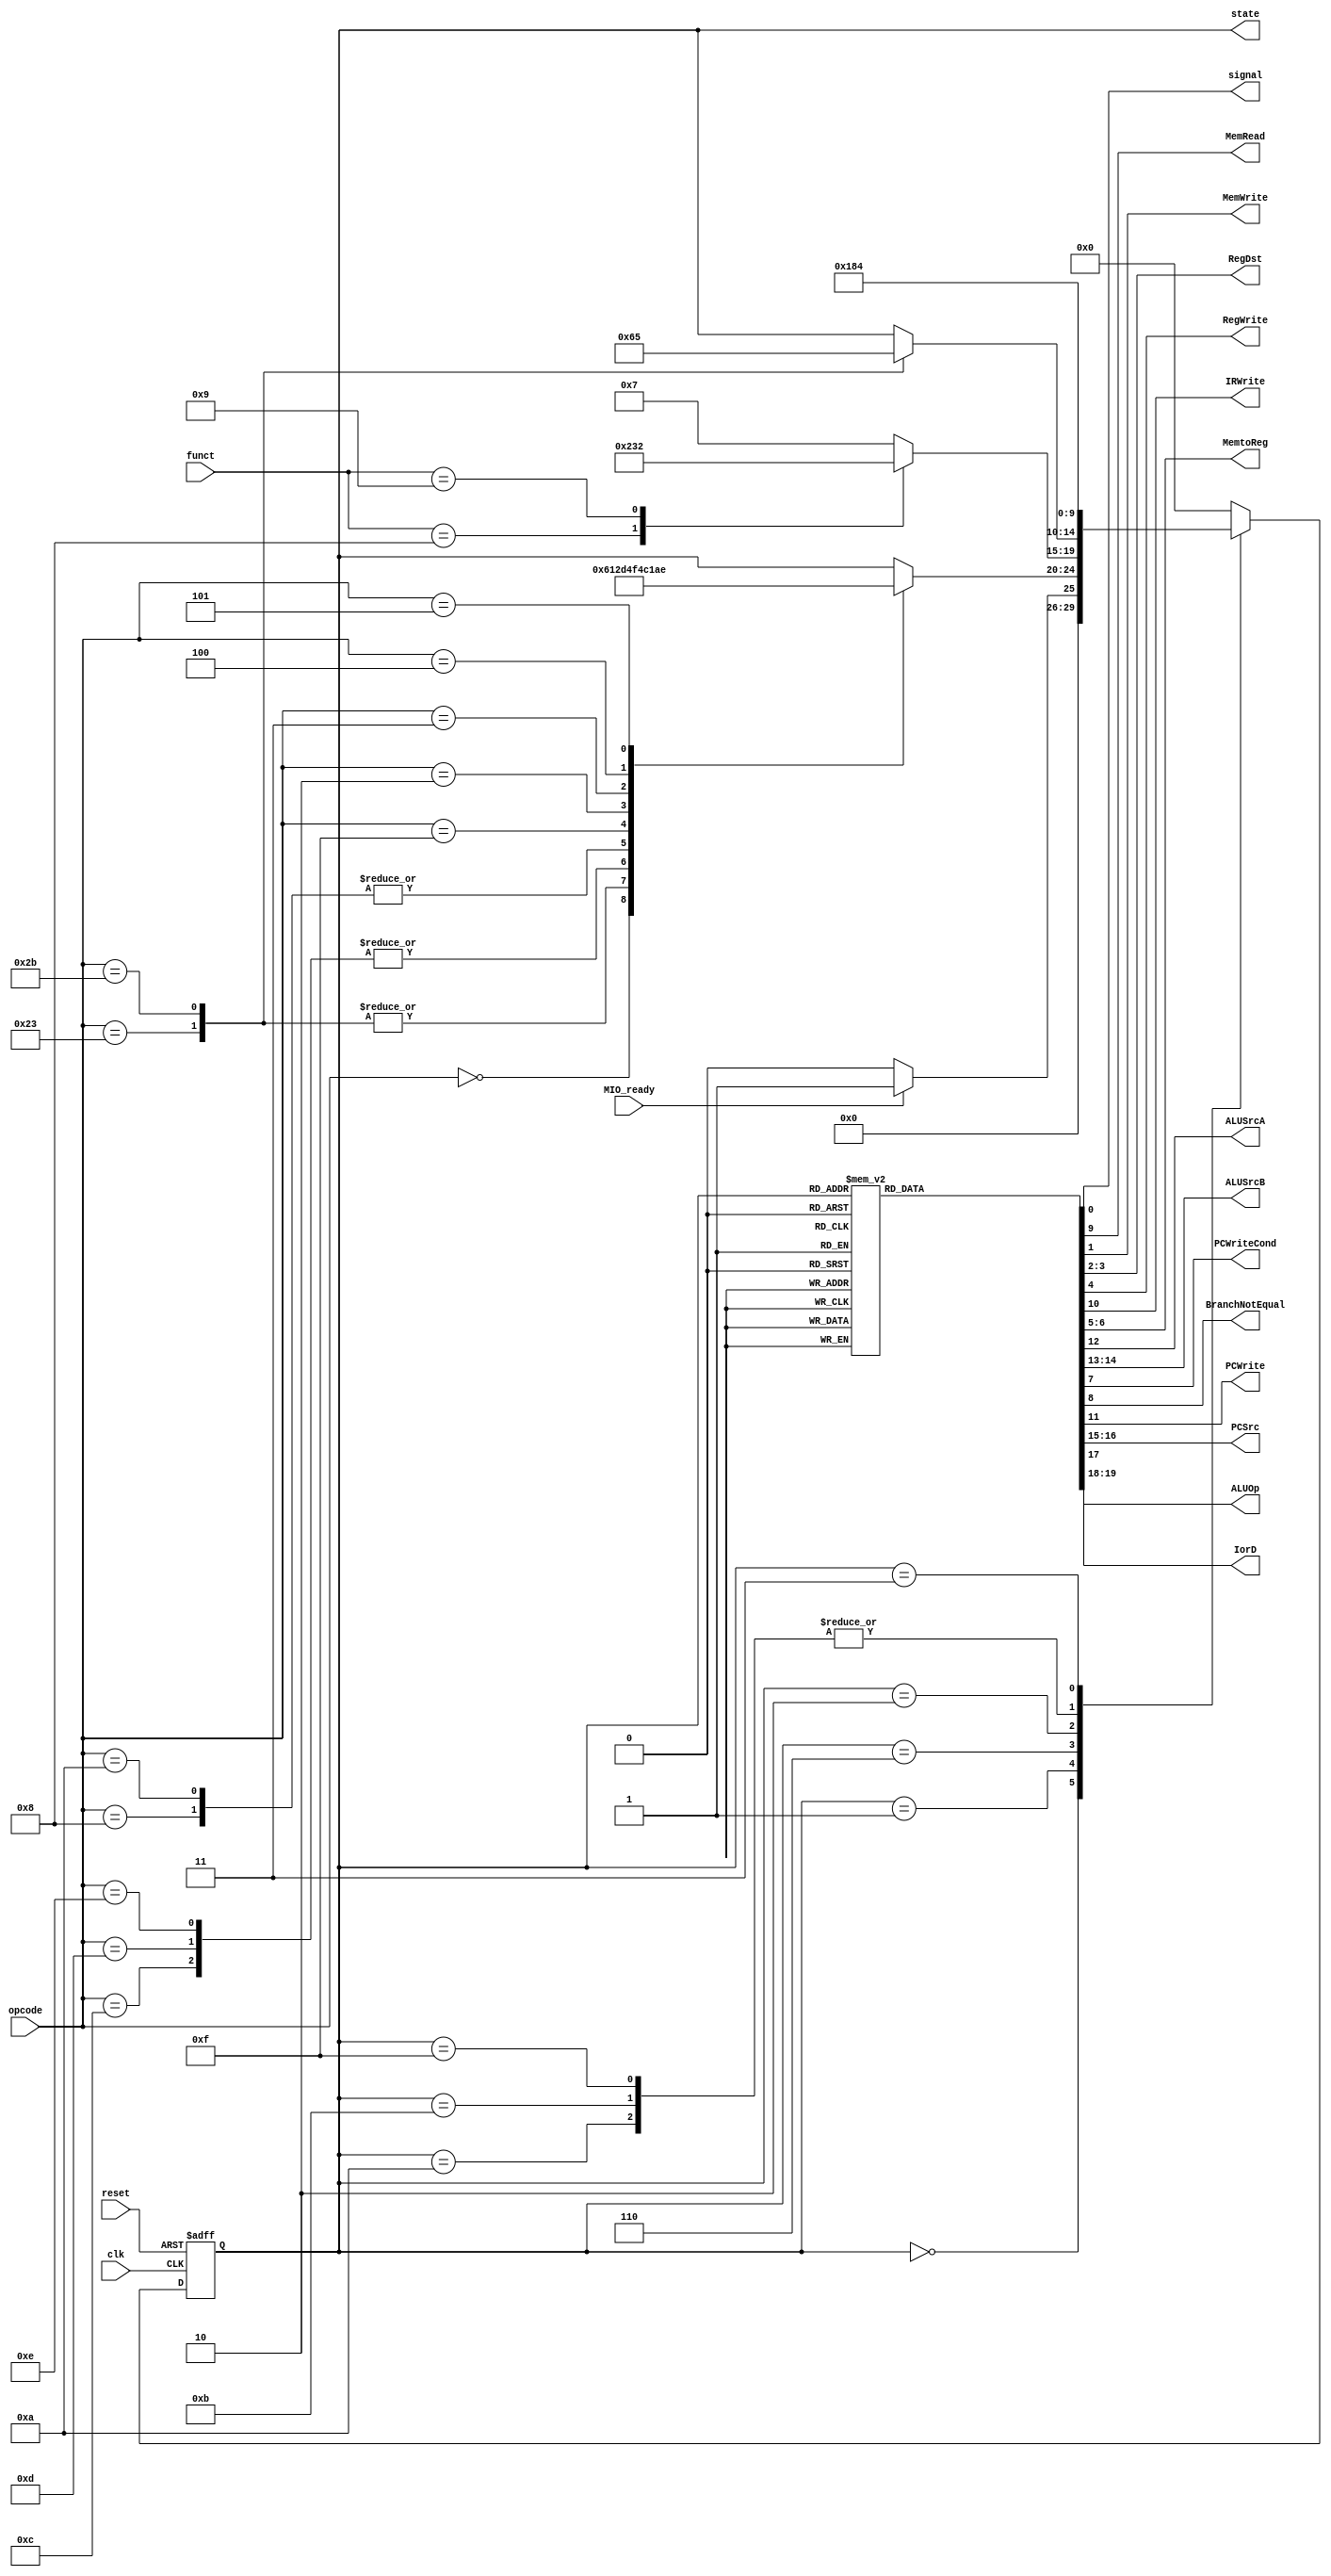
module control(
    input clk,
    input [31:26]opcode,
    input [5:0]funct,
    input reset,
    input MIO_ready,
    output reg signal,
    output reg MemRead,
    output reg MemWrite,
    output reg [1:0]RegDst,
    output reg RegWrite,
    output reg IRWrite,
    output reg [1:0]MemtoReg,
    output reg ALUSrcA,
    output reg [1:0]ALUSrcB,
    output reg PCWriteCond,
    output reg BranchNotEqual,
    output reg PCWrite,
    output reg [1:0]PCSrc,
    output reg IorD,
    output reg[4:0]state,
    output reg [1:0]ALUOp
);

//------------ state --------------
    parameter IF = 5'd0;
    parameter ID = 5'd1;
    parameter Execution = 5'd6;
    parameter ComputeAddr = 5'd2;
    parameter ComputeImm = 5'd10;
    parameter ComputeImmu = 5'd11;
    parameter ITYPECompletion = 5'd12;
    parameter JumpCompletion = 5'd9;
    parameter RTYPECompletion = 5'd7;
    parameter MemReadAccess = 5'd3;
    parameter MemWriteAccess = 5'd5;
    parameter WriteBack = 5'd4;
    parameter BranchCompletion = 5'd13;
    parameter BNECompletion = 5'd14;
    parameter Exec_LUI = 5'd15;
    parameter JALCompletion = 5'd16;
    parameter JRCompletion = 5'd17;
    parameter JALRCompletion = 5'd18;

//------------ opcode -------------
    parameter RTYPE = 6'h0;
    parameter LW = 6'h23;
    parameter SW = 6'h2b;
    parameter LUI = 6'hf;
    parameter BEQ = 6'h4;
    parameter BNE = 6'h5;
    parameter J = 6'h2;
    parameter JAL = 6'h3;
    parameter ADDI = 6'h8;
    parameter ANDI = 6'hc;
    parameter ORI = 6'hd;
    parameter XORI = 6'he;
    parameter SLTI = 6'ha;
//------------ funct -------------
    parameter JR = 6'd8;
    parameter JALR = 6'd9;

    always @(posedge clk or posedge reset) begin
      if(reset == 1) state = IF;
      else begin
        case (state)
          IF: if(MIO_ready) state = ID;
              else state = IF;
          ID: case (opcode)
                RTYPE: state = Execution; 

                LW: state = ComputeAddr;
                SW: state = ComputeAddr;
                
                ADDI: state = ComputeImm;
                ANDI: state = ComputeImmu;
                ORI: state = ComputeImmu;
                XORI: state = ComputeImmu;
                SLTI: state = ComputeImm;
                LUI: state = Exec_LUI;

                J: state = JumpCompletion;
                JAL: state = JALCompletion;

                BEQ: state = BranchCompletion;
                BNE: state = BNECompletion;
          endcase
          Execution: begin
            case (funct)
              JR: state = JRCompletion;
              JALR: state = JALRCompletion;
              default: state = RTYPECompletion;
            endcase
          end
          RTYPECompletion: state = IF;
          ComputeAddr: begin
            case (opcode)
              LW: state = MemReadAccess;
              SW: state = MemWriteAccess;
            endcase
          end
          ComputeImm: state = ITYPECompletion;
          ComputeImmu: state = ITYPECompletion;
          Exec_LUI: state = ITYPECompletion;
          ITYPECompletion: state = IF;
          MemReadAccess: state = WriteBack;
          MemWriteAccess: state = IF;
          WriteBack: state = IF;
          BranchCompletion: state = IF;
          BNECompletion: state = IF;
          JumpCompletion: state = IF;
          JALCompletion: state = IF;
          JRCompletion: state = IF;
          JALRCompletion: state = IF;
          default: state = IF;
        endcase
      end
    end

    always @(state) begin
      BranchNotEqual = 0;
      PCWriteCond = 0;
      PCWrite = 0;
      MemRead = 0;
      MemWrite = 0;
      IRWrite = 0;
      RegWrite = 0;
      ALUOp = 2'b00;
      signal = 0;
      // muxes
      IorD = 0;
      MemtoReg = 2'b00;
      PCSrc = 2'b00;
      ALUSrcB = 2'b00;
      ALUSrcA = 0;
      RegDst = 2'b00;
      case (state)
        IF: begin
          MemRead = 1;
          IRWrite = 1;
          PCWrite = 1;

          ALUSrcA = 0;
          ALUSrcB = 2'b01;
          PCSrc = 2'b00;
          IorD = 0;
          ALUOp = 2'b00; // ADD
        end
        ID: begin
          ALUSrcA = 0;
          ALUSrcB = 2'b11;
          ALUOp = 2'b00; // ADD
        end

        Execution: begin
          ALUSrcA = 1;
          ALUSrcB = 2'b00;
          ALUOp = 2'b10;
        end

        RTYPECompletion: begin
          RegDst = 2'b01;
          RegWrite = 1;
          MemtoReg = 2'b00;
        end
        ComputeAddr: begin
          ALUSrcA = 1;
          ALUSrcB = 2'b10;
          ALUOp = 2'b00;
        end
        MemWriteAccess:begin
          MemWrite = 1;
          IorD = 1;
        end
        MemReadAccess: begin
          MemRead = 1;
          IorD = 1;
        end 
        WriteBack: begin
          RegDst = 2'b00;
          RegWrite = 1;
          MemtoReg = 2'b01;
        end
        ComputeImm: begin
          ALUSrcA = 1;
          ALUSrcB = 2'b10;
          ALUOp = 2'b11;
        end
        ComputeImmu: begin
          signal = 1;
          ALUSrcA = 1;
          ALUSrcB = 2'b10;
          ALUOp = 2'b11;
        end
        ITYPECompletion: begin
          RegDst = 0;
          RegWrite = 1;
          MemtoReg = 2'b00;
        end
        BranchCompletion: begin
          ALUSrcA = 1;
          ALUSrcB = 2'b00;
          ALUOp = 2'b01;
          PCWriteCond = 1;
          PCSrc = 2'b01;
        end
        BNECompletion: begin
          ALUSrcA = 1;
          ALUSrcB = 2'b00;
          ALUOp = 2'b01;
          BranchNotEqual = 1;
          PCWriteCond = 1;
          PCSrc = 2'b01;
        end
        Exec_LUI: begin
          ALUOp = 2'b11;
          ALUSrcB = 2'b10;
        end
        JumpCompletion: begin
          PCWrite = 1;
          PCSrc = 2'b10;
        end
        JALCompletion: begin
          PCWrite = 1;
          PCSrc = 2'b10;
          RegDst = 2'b10;
          RegWrite = 1;
          MemtoReg = 2'b10;
        end

        JRCompletion: begin
          PCSrc = 2'b01;
          PCWrite = 1;
        end
        JALRCompletion: begin
          PCSrc = 2'b01;
          PCWrite = 1;
          RegDst = 2'b10;
          RegWrite = 1;
          MemtoReg = 2'b10;
        end
//        default: 
      endcase
    end
endmodule // control